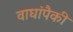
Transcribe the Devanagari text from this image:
वाघांपैकी